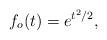
LaTeX: \begin{align*}f_o (t) = e^{t^2/2},\end{align*}